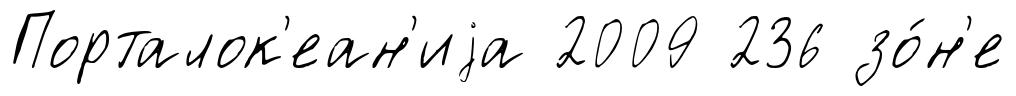
Порталок'еан'иjа 2009 236 зо́н'е